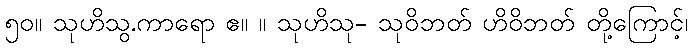
၅၀။ သုဟိသွ.ကာရော ဧ။ ။ သုဟိသု- သုဝိဘတ် ဟိဝိဘတ် တို့ကြောင့်၊